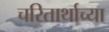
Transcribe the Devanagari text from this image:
चरितार्थाच्या